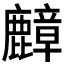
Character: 𪋟